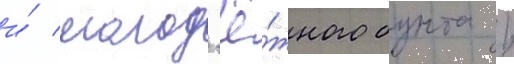
и́ молод'ё́жного бунта /